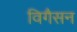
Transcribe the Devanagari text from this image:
विगैसन